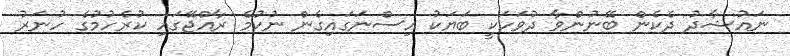
ނައުޝާދު ދެކެން ބޭނުންވާ ދުވަހަކީ ބަޔަކު އިސްނަގައިގެން ނުކުމެ ރާއްޖޭގައި ކުރެހުމުގެ ހުނަރު